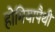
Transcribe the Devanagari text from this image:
होमियापैथी